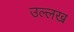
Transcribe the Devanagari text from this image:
उल्लख